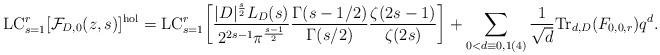
LaTeX: \begin{align*}\mathrm{LC}_{s=1}^r[\mathcal{F}_{D,0}(z,s)]^{\mathrm{hol}} &= \mathrm{LC}_{s=1}^r \biggl[ \frac{|D|^{\frac{s}{2}} L_D(s)}{2^{2s-1} \pi^{\frac{s-1}{2}}} \frac{\Gamma(s-1/2)}{\Gamma(s/2)} \frac{\zeta(2s-1)}{\zeta(2s)}\biggr] + \sum_{0 < d \equiv 0, 1 (4)} \frac{1}{\sqrt{d}} \mathrm{Tr}_{d,D}(F_{0,0,r}) q^d.\end{align*}